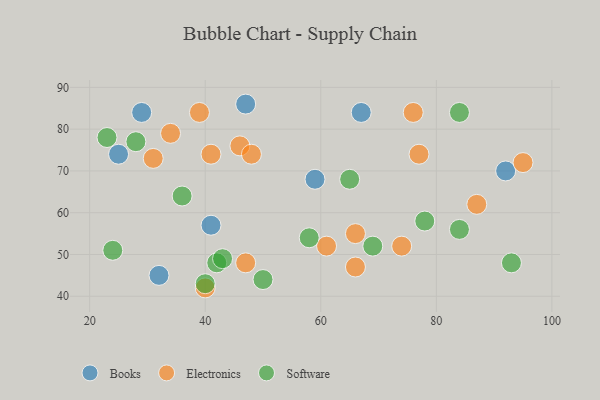
{"axis": {"x": "GDP", "y": "Life Expectancy"}, "legend": ["Books", "Electronics", "Software"], "data": [{"x": "92", "y": 70, "type": "Books"}, {"x": "29", "y": 84, "type": "Books"}, {"x": "25", "y": 74, "type": "Books"}, {"x": "67", "y": 84, "type": "Books"}, {"x": "47", "y": 86, "type": "Books"}, {"x": "59", "y": 68, "type": "Books"}, {"x": "32", "y": 45, "type": "Books"}, {"x": "41", "y": 57, "type": "Books"}, {"x": "76", "y": 84, "type": "Electronics"}, {"x": "40", "y": 42, "type": "Electronics"}, {"x": "66", "y": 47, "type": "Electronics"}, {"x": "34", "y": 79, "type": "Electronics"}, {"x": "47", "y": 48, "type": "Electronics"}, {"x": "46", "y": 76, "type": "Electronics"}, {"x": "74", "y": 52, "type": "Electronics"}, {"x": "61", "y": 52, "type": "Electronics"}, {"x": "95", "y": 72, "type": "Electronics"}, {"x": "77", "y": 74, "type": "Electronics"}, {"x": "87", "y": 62, "type": "Electronics"}, {"x": "41", "y": 74, "type": "Electronics"}, {"x": "39", "y": 84, "type": "Electronics"}, {"x": "48", "y": 74, "type": "Electronics"}, {"x": "31", "y": 73, "type": "Electronics"}, {"x": "66", "y": 55, "type": "Electronics"}, {"x": "42", "y": 48, "type": "Software"}, {"x": "24", "y": 51, "type": "Software"}, {"x": "36", "y": 64, "type": "Software"}, {"x": "58", "y": 54, "type": "Software"}, {"x": "43", "y": 49, "type": "Software"}, {"x": "78", "y": 58, "type": "Software"}, {"x": "93", "y": 48, "type": "Software"}, {"x": "50", "y": 44, "type": "Software"}, {"x": "28", "y": 77, "type": "Software"}, {"x": "84", "y": 56, "type": "Software"}, {"x": "84", "y": 84, "type": "Software"}, {"x": "40", "y": 43, "type": "Software"}, {"x": "23", "y": 78, "type": "Software"}, {"x": "65", "y": 68, "type": "Software"}, {"x": "69", "y": 52, "type": "Software"}]}